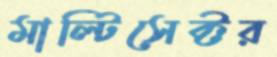
মাল্টিসেক্টর